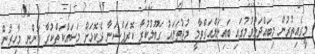
މީގެއިތުރުން މިބައްދަލުވުމުގައި ބައިނަލްއަގްވާމީ މުޖުތަމައު ގަބޫލުކުރާ ކޮރަޕްޝަނާ ދެކޮޅަށް މަސައްކަތްކުރާ ފަންނީ މާހިރުން